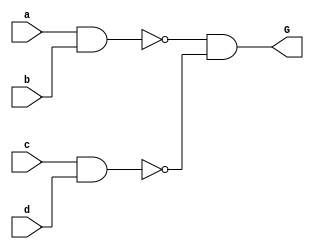
`timescale 1ns / 1ps

module circuit2(G, a, b, c, d);

	input a, b, c, d;
	output G;
	
	wire W1, W2, W3;
	
	nand NAND_1(W1, a, b);
	nand NAND_2(W2, c, d);
	nand NAND_3(W3, W1, W2);
	nand NAND_4(G, W3, 1);

endmodule